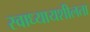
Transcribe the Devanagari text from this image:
स्वाध्यायशीलता